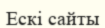
Ескі сайты